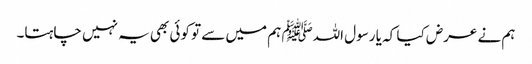
ہم نے عرض کیا کہ یا رسول اللہﷺ ہم میں سے تو کوئی بھی یہ نہیں چاہتا۔